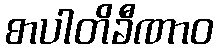
စာပါတိခီဏာဝ